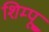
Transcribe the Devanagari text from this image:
शिम्पू